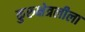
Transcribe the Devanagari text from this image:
कुरुक्षेत्रलीला